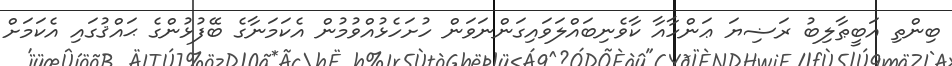
ބިންތި އަބީޠާލިބު ރަޟިޔަ ޢަންހާއާ ކާވެނިބައްލަވައިގަންނަވަން ހުށަހެޅުއްވުމުން އެކަމަނާގެ ބޭފުޅުންގެ ޙައްޤުގައި އެކަމަށް